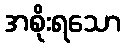
အစိုးရသော